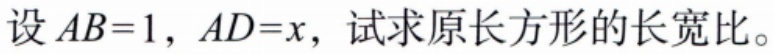
设 \(AB = 1\)，\(AD = x\)，试求原长方形的长宽比。